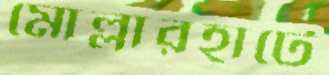
মোল্লারহাটে